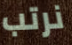
نرتب